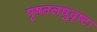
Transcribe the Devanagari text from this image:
पृषतलघुदृष्टः